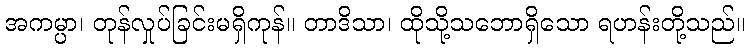
အကမ္ပာ၊ တုန်လှုပ်ခြင်းမရှိကုန်။ တာဒိသာ၊ ထိုသို့သဘောရှိသော ရဟန်းတို့သည်။